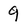
Character: 9